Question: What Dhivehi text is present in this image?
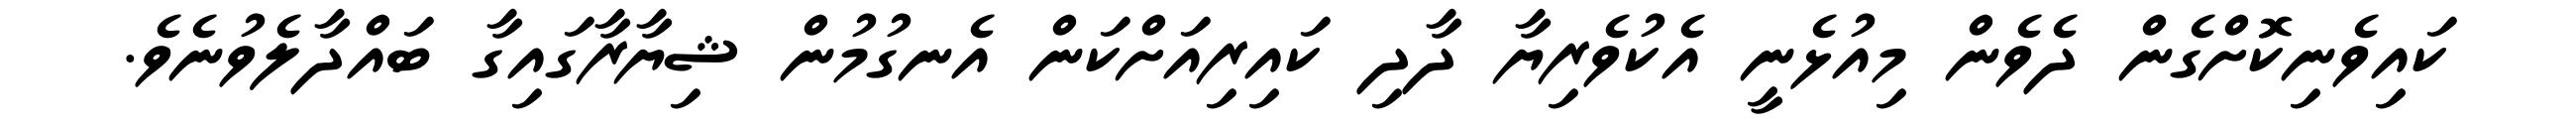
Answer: ކައިވެނިކޮށްގެން ދެވެން މިއުޅެނީ އެކުވެރިޔާ ދާދި ކައިރިއަށްކަން އެނގުމުން ޝިޔާރާގައިގާ ބައްދާލެވުނެވެ.